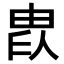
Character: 𤱫